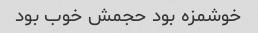
خوشمزه بود حجمش خوب بود